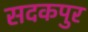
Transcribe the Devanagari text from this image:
सदकपुर